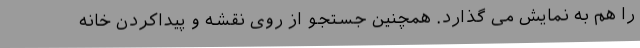
را هم به نمایش می گذارد. همچنین جستجو از روی نقشه و پیداکردن خانه